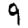
Digit: 9